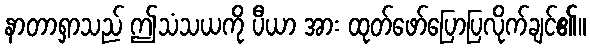
နာတာရှာသည် ဤသံသယကို ပီယာ အား ထုတ်ဖော်ပြောပြလိုက်ချင်၏။